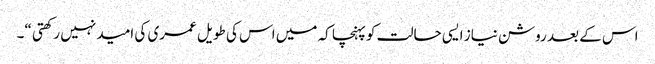
اس کے بعد روشن نیاز ایسی حالت کو پہنچا کہ میں اس کی طویل عمری کی امید نہیں رکھتی “۔